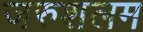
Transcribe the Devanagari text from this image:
जरुशलम